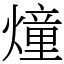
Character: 燑